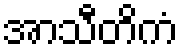
အာသီတိကံ